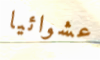
عشوائيا